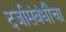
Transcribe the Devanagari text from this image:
दर्जासंबंधीचा